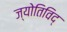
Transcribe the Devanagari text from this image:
ज्योतिविद्